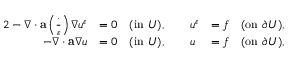
\begin{array} { r l r } { { 2 } - \nabla \cdot \mathbf { a } \left( \frac { \cdot } { \varepsilon } \right) \nabla u ^ { \varepsilon } } & { = 0 \quad ( \mathrm { i n ~ } U ) , \qquad u ^ { \varepsilon } } & { = f \quad ( \mathrm { o n ~ } \partial U ) , } \\ { - \nabla \cdot \bar { \mathbf { a } } \nabla u } & { = 0 \quad ( \mathrm { i n ~ } U ) , \qquad u } & { = f \quad ( \mathrm { o n ~ } \partial U ) , } \end{array}